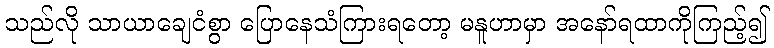
သည်လို သာယာချေငံစွာ ပြောနေသံကြားရတော့ မနူဟာမှာ အနော်ရထာကိုကြည့်၍